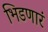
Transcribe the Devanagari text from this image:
भिडणारं